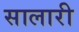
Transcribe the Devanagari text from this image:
सालारी